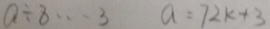
a \div 8 \cdots 3 a = 7 2 k + 3